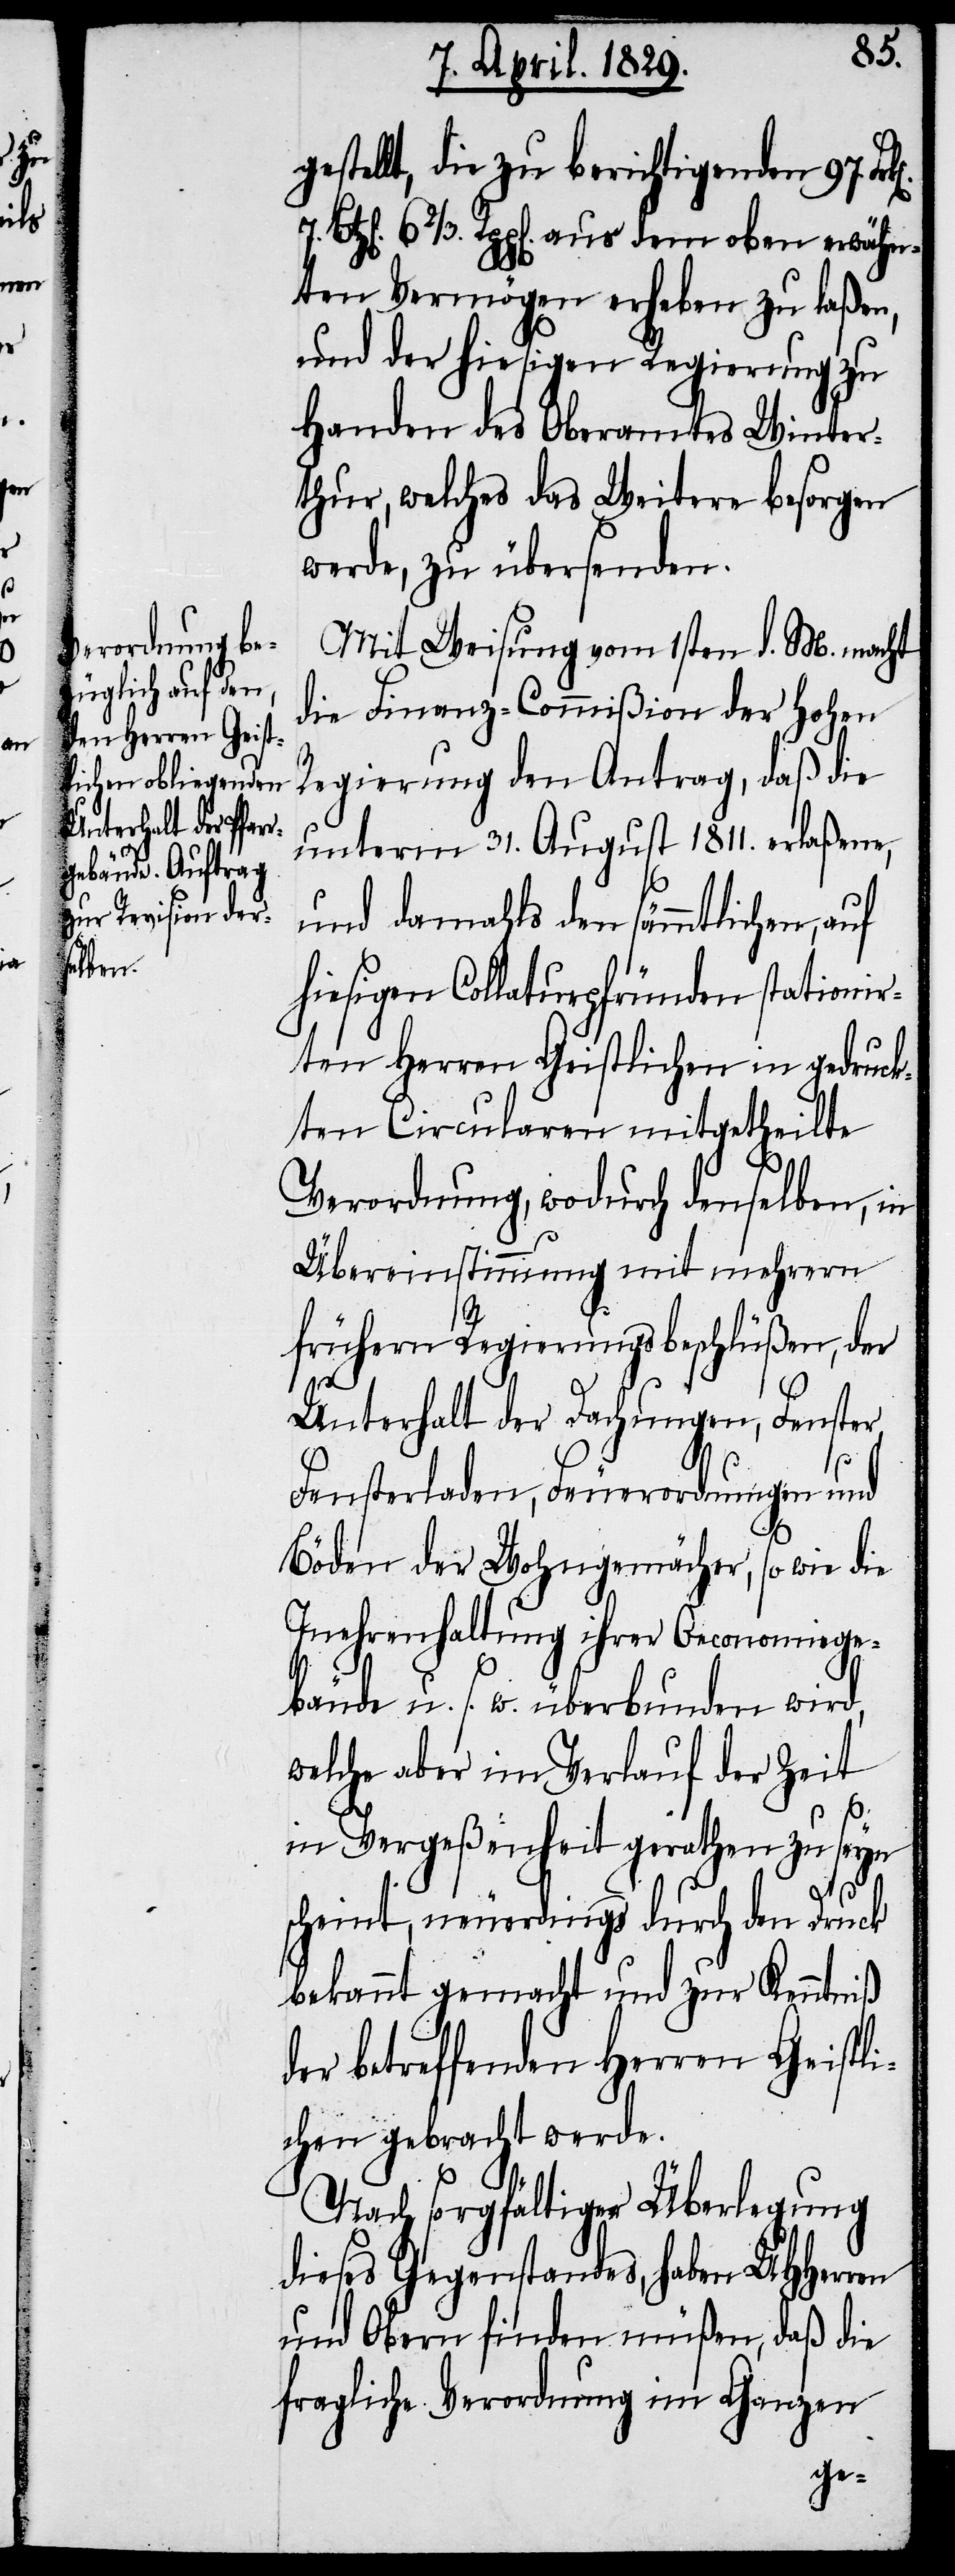
stellt, die zu berichtigenden 97.
6⅔. Rpp[en]. aus dem oben erwähn¬
ten Vermögen erheben zu laßen,
und der hiesigen Regierung zu
Handen des Oberamtes Winter¬
thur, welches das Weitere besorgen
werde, zu übersenden.
Mit Weisung vom 1sten d. M. macht
die Finanz-Commißion der hohen
Regierung den Antrag, daß die
unterm 31. August 1811. erlaßene,
und damahls den sämmtlichen, auf
hiesigen Collaturpfründen stationir¬
ten Herren Geistlichen in gedruck¬
ten Circularen mitgetheilte
Verordnung, wodurch denselben, in
Übereinstimmung mit mehrern
frühern Regierungsbeschlüßen, der
Unterhalt der Dachungen, Fenster,
Fensterladen, Feuerordnungen und
Böden der Wohngemächer, so wie die
Inehrenhaltung ihrer Oeconomiege¬
bäude u. s. w. überbunden wird,
welche aber im Verlauf der Zeit
in Vergeßenheit gerathen zu seyn
scheint, neuerdings durch den Druck
bekannt gemacht und zur Kenntniß
der betreffenden Herren Geistli¬
chen gebracht werden.
Nach sorgfältiger Überlegung
dieses Gegenstandes, haben UHHerren
und Obern finden müßen, daß die
fragliche Verordnung im Ganzen
ge¬